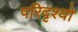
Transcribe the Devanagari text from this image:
परिदृश्‍यो